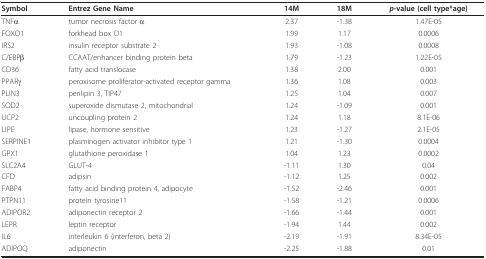
| Symbol | Entrez Gene Name | 14M | 18M | p-value (cell type*age) |
 | --- | --- | --- | --- | --- |
 | TNFα | tumor necrosis factor α | 2.37 | -1.38 | 1.47E-05 |
 | FOXO1 | forkhead box O1 | 1.99 | 1.17 | 0.0006 |
 | IRS2 | insulin receptor substrate 2 | 1.93 | -1.08 | 0.0008 |
 | C/EBPβ | CCAAT/enhancer binding protein beta | 1.79 | -1.23 | 1.22E-05 |
 | CD36 | fatty acid translocase | 1.38 | 2.00 | 0.001 |
 | PPARγ | peroxisome proliferator-activated receptor gamma | 1.36 | 1.08 | 0.003 |
 | PLIN3 | perilipin 3, TIP47 | 1.25 | 1.04 | 0.007 |
 | SOD2 | superoxide dismutase 2, mitochondrial | 1.24 | -1.09 | 0.001 |
 | UCP2 | uncoupling protein 2 | 1.24 | 1.18 | 8.1E-06 |
 | LIPE | lipase, hormone sensitive | 1.23 | -1.27 | 2.1E-05 |
 | SERPINE1 | plasminogen activator inhibitor type 1 | 1.21 | -1.30 | 0.0004 |
 | GPX1 | glutathione peroxidase 1 | 1.04 | 1.23 | 0.0002 |
 | SLC2A4 | GLUT-4 | -1.11 | 1.30 | 0.04 |
 | CFD | adipsin | -1.12 | 1.25 | 0.002 |
 | FABP4 | fatty acid binding protein 4, adipocyte | -1.52 | -2.46 | 0.001 |
 | PTPN11 | protein tyrosine11 | -1.58 | -1.21 | 0.0006 |
 | ADIPOR2 | adiponectin receptor 2 | -1.66 | -1.44 | 0.001 |
 | LEPR | leptin receptor | -1.94 | 1.44 | 0.002 |
 | IL6 | interleukin 6 (interferon, beta 2) | -2.19 | -1.91 | 8.34E-05 |
 | ADIPOQ | adiponectin | -2.25 | -1.88 | 0.01 |